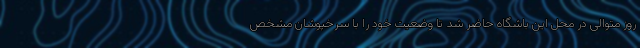
روز متوالی در محل این باشگاه حاضر شد تا وضعیت خود را با سرخپوشان مشخص